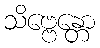
သိဗ္ဗေန္တော